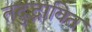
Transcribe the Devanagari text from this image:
तदुद्भावित